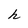
Character: h